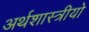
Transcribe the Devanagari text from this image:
अर्थशास्त्रीयो